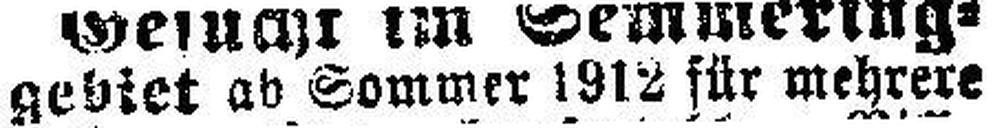
gebiet ab Sommer 1912 für mehrere